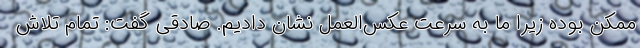
ممکن بوده زیرا ما به سرعت عکس‌العمل نشان دادیم. صادقی گفت: تمام تلاش